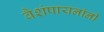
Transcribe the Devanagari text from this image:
वैशंपायनांनी